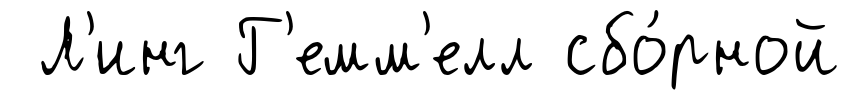
Л'инг Г'емм'елл сбо́рной